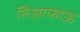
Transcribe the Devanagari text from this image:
तिआफाऊ